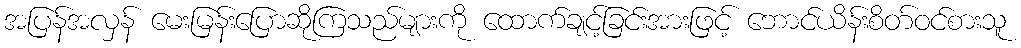
အပြန်အလှန် မေးမြန်းပြောဆိုကြသည်များကို ထောက်ချင့်ခြင်းအားဖြင့် ဘောင်ယိန်းစိတ်ဝင်စားသူ